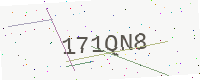
Text: 171QN8